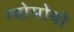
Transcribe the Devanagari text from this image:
ग्योमोयो